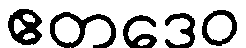
ဧတဒေဝ